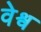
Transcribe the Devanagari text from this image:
वेश्व